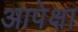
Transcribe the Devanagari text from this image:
आपेक्षा